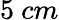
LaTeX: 5~cm